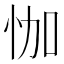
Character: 𱞏